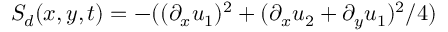
S _ { d } ( x , y , t ) = - ( ( \partial _ { x } u _ { 1 } ) ^ { 2 } + ( \partial _ { x } u _ { 2 } + \partial _ { y } u _ { 1 } ) ^ { 2 } / 4 )